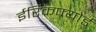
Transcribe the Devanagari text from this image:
ईरिकफ्योर्ड